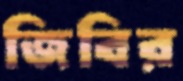
জিবির